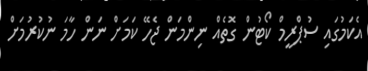
އެކަމުގައި ސުޕްރީމް ކޯޓުން ގޮތެއް ނިންމަން ޖެހޭ ކަމަށް ނަން ހާމަ ނުކުރުމަށް